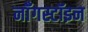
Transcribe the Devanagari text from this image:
नॉँगस्टॉइन